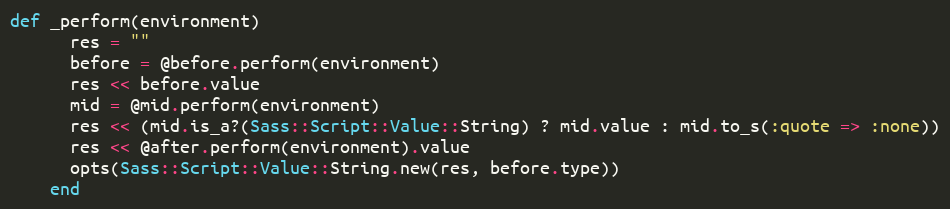
Language: Ruby
def _perform(environment)
      res = ""
      before = @before.perform(environment)
      res << before.value
      mid = @mid.perform(environment)
      res << (mid.is_a?(Sass::Script::Value::String) ? mid.value : mid.to_s(:quote => :none))
      res << @after.perform(environment).value
      opts(Sass::Script::Value::String.new(res, before.type))
    end